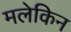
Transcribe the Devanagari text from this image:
मलेकिन